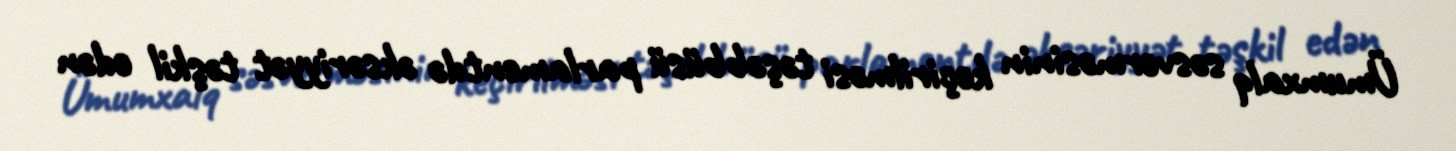
Ümumxalq səsverməsinin keçirilməsi təşəbbüsü parlamentdə əksəriyyət təşkil edən